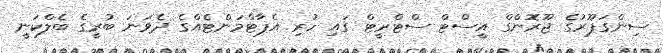
ސިންގަޕޫރުގެ ޖޫރޮންގް އީސްޓް ސްޓްރީޓް ގައި ހުރި އެޕާޓްމަންޓެއްގެ ދެވަނަ ބުރީގެ ބެލްކަނީ